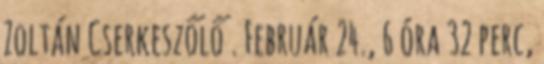
Zoltán Cserkeszőlő . Február 24., 6 óra 32 perc,